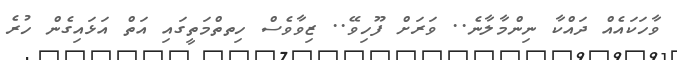
ވާހަކައެއް ދައްކާ ނިންމާލާނެ.. ވަރަށް ފޫހިވޭ.. ޒިވާވެސް ހިތތްމަތީގައި އަތް އަޅައިގެން ހުރެ